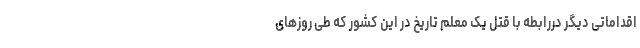
اقداماتی دیگر دررابطه با قتل یک معلم تاریخ در این کشور که طی روزهای